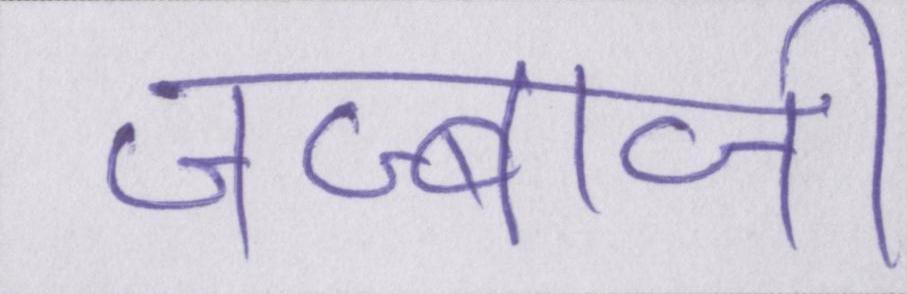
जज्बाजी